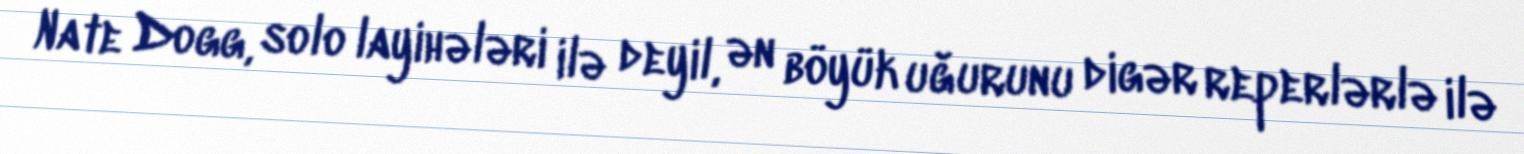
Nate Dogg, solo layihələri ilə deyil, ən böyük uğurunu digər reperlərlə ilə